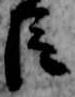
臣